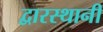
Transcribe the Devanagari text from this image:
द्वारस्थानी